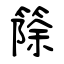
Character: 篨